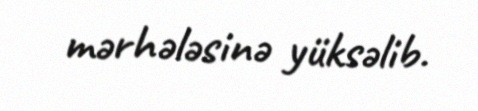
mərhələsinə yüksəlib.